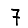
Digit: 7